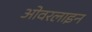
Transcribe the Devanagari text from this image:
ओवरलाइन